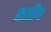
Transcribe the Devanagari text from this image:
तसीच